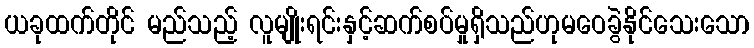
ယခုထက်တိုင် မည်သည့် လူမျိုးရင်းနှင့်ဆက်စပ်မှုရှိသည်ဟုမဝေခွဲနိုင်သေးသော